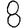
Digit: 8